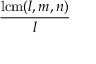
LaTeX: \frac { \operatorname { l c m } ( l , m , n ) } { l }